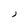
Character: J